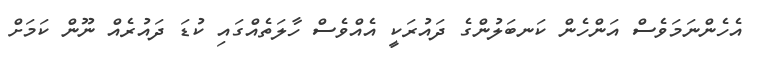
އެހެންނަމަވެސް އަންހެން ކަނބަލުންގެ ދައުރަކީ އެއްވެސް ހާލަތެއްގައި ކުޑަ ދައުރެެއް ނޫން ކަމަށް